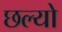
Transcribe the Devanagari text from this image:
छल्‍यो